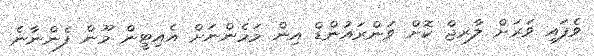
ވެފައި ވަރަށް ލާރޖް ކޮށް ވަންރައުންޑް އިން މަމެންނަށް އެއިޓީން މޫން ފެންނާނެ